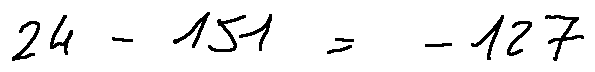
2 4 - 1 5 1 = - 1 2 7